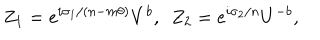
Z _ { 1 } = e ^ { i \sigma _ { 1 } / ( n - m \theta ) } V ^ { b } , ~ ~ Z _ { 2 } = e ^ { i \sigma _ { 2 } / n } U ^ { - b } ,